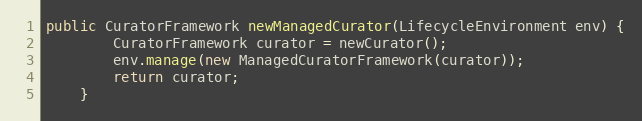
Language: Java
public CuratorFramework newManagedCurator(LifecycleEnvironment env) {
        CuratorFramework curator = newCurator();
        env.manage(new ManagedCuratorFramework(curator));
        return curator;
    }